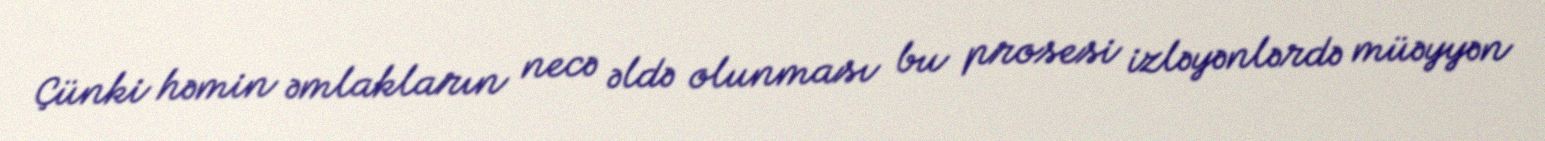
Çünki həmin əmlakların necə əldə olunması bu prosesi izləyənlərdə müəyyən